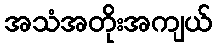
အသံအတိုးအကျယ်